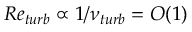
R e \sb { t u r b } \propto 1 / \nu \sb { t u r b } = O ( 1 )